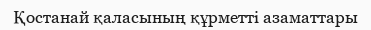
Қостанай қаласының құрметті азаматтары